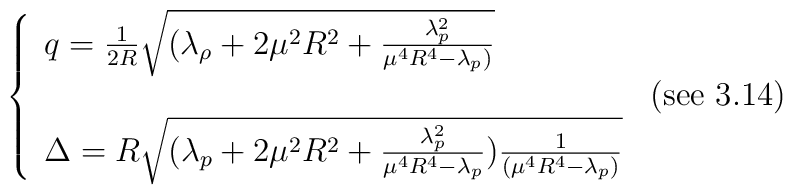
\left\{ \begin{array}{llr}q = \frac{1}{2R} \sqrt{ (\lambda_\rho + 2 \mu^2 R^2 + \frac{\lambda_p^2}{\mu^4 R^4 - \lambda_p )} }& \\                                        & $\mbox{(see 3.14)}$ \\\Delta = R\sqrt{ (\lambda_p + 2\mu^2R^2 + \frac{\lambda^2_p}{\mu^4 R^4 - \lambda_p})\frac{1}{(\mu^4 R^4 - \lambda_p)}} & \end{array} \right.